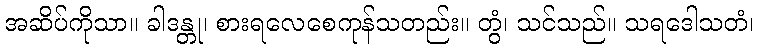
အဆိပ်ကိုသာ။ ခါဒန္တု၊ စားရလေစေကုန်သတည်း။ တွံ၊ သင်သည်။ သရဒေါသတံ၊